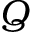
Q